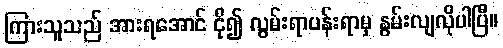
ကြားသူသည် အားရအောင် ငို၍ လွမ်းရာပန်းရာမှ နွမ်းလျလိုပါပြီ။